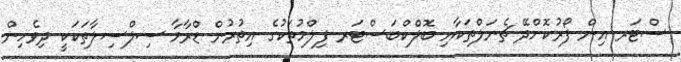
ސްޓަރ އިން ފޯރުކޮށްދޭ ޗެނަލްތަކާއި ބޮލްކްބަސްޓަރ ފިލްމުތަކުގެ އިތުރުން ޑްރާމާ ސިލްސިލާތަކަކީ ދިވެހިން